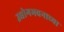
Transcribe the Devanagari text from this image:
उद्योगभवनाच्या